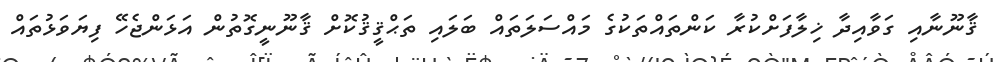
ޤާނޫނާއި ގަވާއިދާ ޚިލާފަށްކުރާ ކަންތައްތަކުގެ މައްސަލަތައް ބަލައި ތަޙްޤީޤުކޮށް ޤާނޫނީގޮތުން އަޅަންޖެހޭ ފިޔަވަޅުތައް